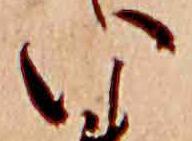
い